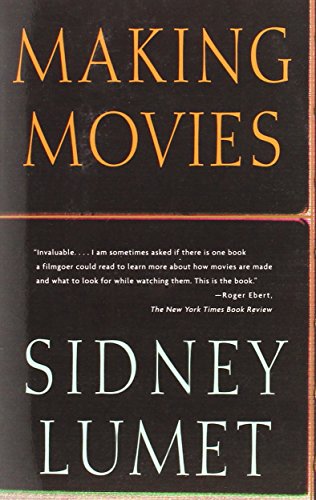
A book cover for Making Movies; Sidney Lumet; Humor & Entertainment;